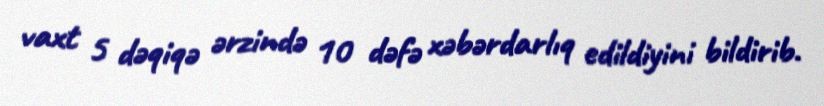
vaxt 5 dəqiqə ərzində 10 dəfə xəbərdarlıq edildiyini bildirib.